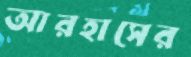
আরহাসের